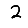
Digit: 2